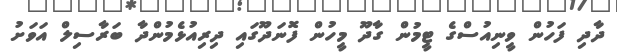
ދާދި ފަހުން ވީނިއުސްގެ ޓީމުން ގާދޫ މީހުން ފޮނަދޫގައި ދިރިއުޅެމުންދާ ބަރާސިލް އަވަށު